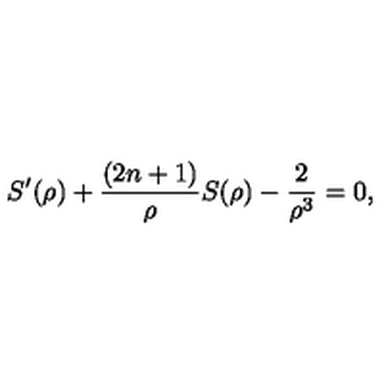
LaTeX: S ^ { \prime } ( \rho ) + \frac { ( 2 n + 1 ) } { \rho } S ( \rho ) - \frac { 2 } { \rho ^ { 3 } } = 0 ,